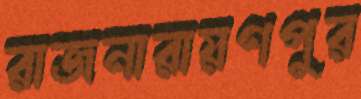
রাজনারায়ণপুর